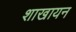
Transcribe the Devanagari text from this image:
शाखायन